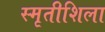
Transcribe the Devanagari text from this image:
स्मृतीशिला